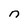
Character: n